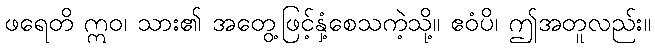
ဖရေတိ ဣဝ၊ သား၏ အတွေ့ဖြင့်နှံ့စေသကဲ့သို့။ ဧဝံပိ၊ ဤအတူလည်း။